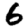
Digit: 6